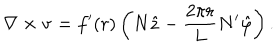
\nabla \times { \bf v } = f ^ { \prime } ( r ) \left( N \hat { z } - \frac { 2 \pi r } L N ^ { \prime } \hat { \varphi } \right) .